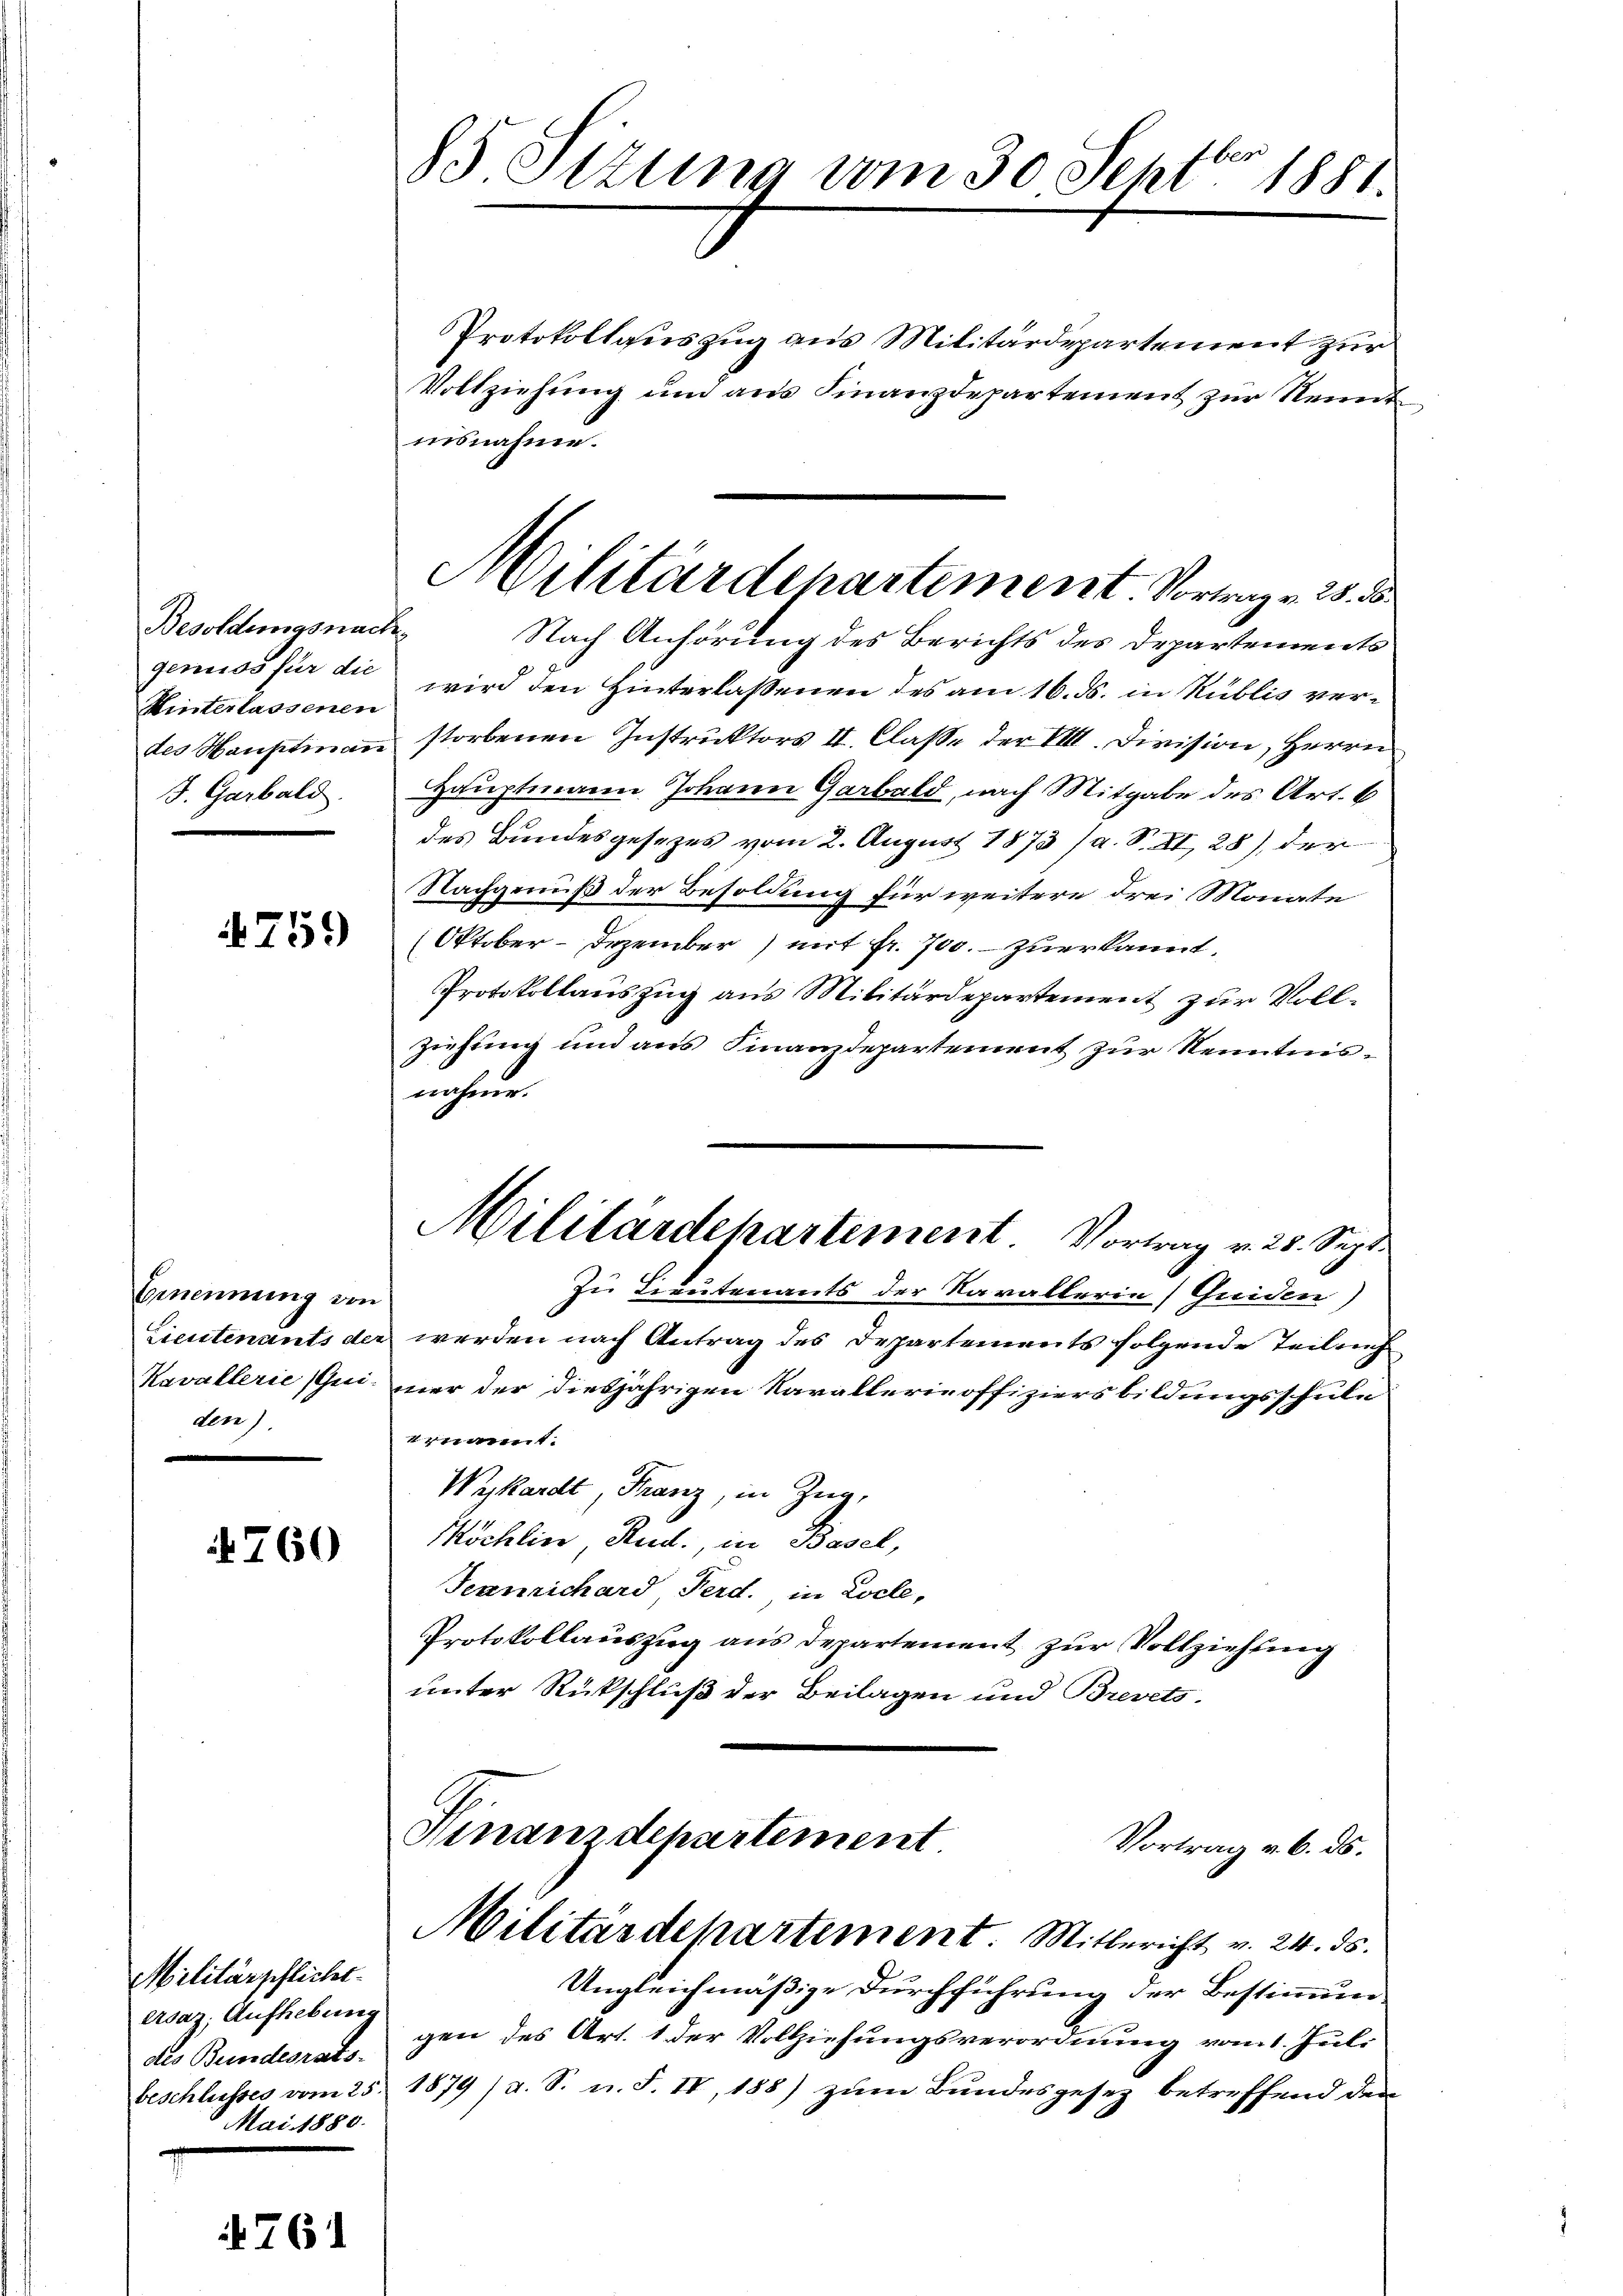
Besoldungsnach
generos für die
Hinterlassenen
J. Garbald

4759

Gmnennung von
Lieutenants der
Kavallerie Greiden)

760

Militärpflicht.
Arsaz; Aufhebung
des Bundesrats.
Mai 1880.

761

85 Sizung vom 30. Septbr. 1881.

Protokollauszug aus Militärdepartement zur
Vollziehung und aus Finanzdepartement zur Kennt
nisnahme.
Nach Anhörung des Berichts des Departements
wird den Hinterlassenen des am 16. ds. in Rüblis verdes Hauptmaṅ storbenen Instrŭktors II. Classe der VIII. Division, Herrn
Hauptmann Johann Garbald, nach Mitgabe des Art. 6
des Bundesgesezes vom 2. August 1873 (a. S. 21, 28), der
Nachgenuß der Besoldung für weitere drei Monate
Oktober-Dezember) mit fr. 700. zuerkannt.
Protokollauszug aus Militärdepartement zur Vollziehung und aus Finanzdepartement zur Kenntnisnahme.
Zu Lieutenants der Kavallerin) Guiden)
werden nach Antrag des Departements folgende Teilung
mer der diesjährigen Kavallerie offiziers bildungsschule
trument
Wykardt, Franz, in Zug,
Köchlin, Rud., in Basel,
Teanrichard Ferd., in Locle,
Protokollauszug aus Departement zur Vollziehung
unter Rückschluß der Beilagen und Brevets.
Finanzdepartement.
Vortrag v. 6. ds.
Militärdepartement. Mitbericht v. 24. ds.
Ungleichmäßige Durchführung der Bestimmun-
gen des Art. 1 der Vollziehungsverordnung vom 1. Juli
beschlusses vom 25. 1879 /d. S. n. F. IV, 188) zŭm Bŭndesgesetz betreffend den

Militärdepartement. Vortrag v. 23. 8

Militärdepartement. Vortrag v. 28. Sept.